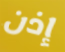
إذن